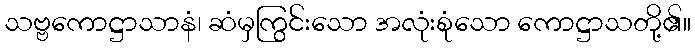
သဗ္ဗကောဋ္ဌာသာနံ၊ ဆံမှကြွင်းသော အလုံးစုံသော ကောဋ္ဌာသတို့၏။